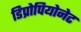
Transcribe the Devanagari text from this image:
डिप्रोपियोनेट